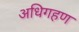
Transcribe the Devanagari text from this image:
अधिगहण